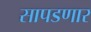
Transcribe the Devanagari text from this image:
सापडणार